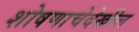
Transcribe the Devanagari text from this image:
शोषणाचेदेखील